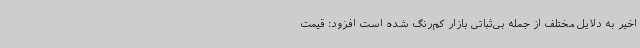
اخیر به دلایل مختلف از جمله بی‌ثباتی بازار کم‌رنگ شده است افزود: قیمت